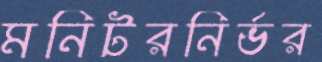
মনিটরনির্ভর